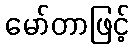
မော်တာဖြင့်